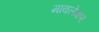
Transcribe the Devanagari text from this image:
मावलेकर